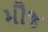
મૌજ